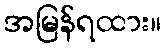
အမြန်ရထား။